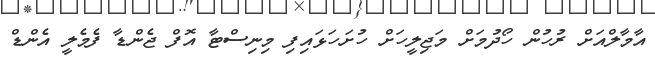
އާމާލްއަށް ރުހުން ހޯދުމަށް މަޖިލީހަށް ހުށަހަޅައިފި މިނިސްޓާ އޮފް ޖެންޑާ ފެމެލީ އެންޑް